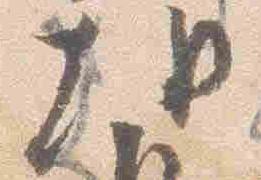
朝